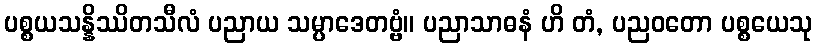
ပစ္စယသန္နိဿိတသီလံ ပညာယ သမ္ပာဒေတဗ္ဗံ။ ပညာသာဓနံ ဟိ တံ, ပညဝတော ပစ္စယေသု